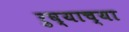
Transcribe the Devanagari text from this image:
रुघ्याच्या